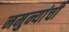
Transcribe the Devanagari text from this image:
नमुन्यांची